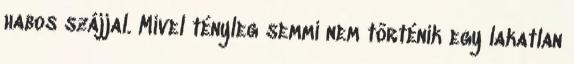
habos szájjal. Mivel tényleg semmi nem történik egy lakatlan